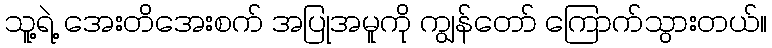
သူ့ရဲ့ အေးတိအေးစက် အပြုအမူကို ကျွန်တော် ကြောက်သွားတယ်။